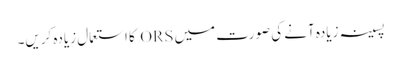
پسینہ زیادہ آنے کی صورت میں ORS کا استعمال زیادہ کریں۔